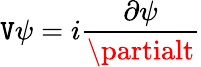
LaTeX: \mathtt{V}\psi=i\frac{{\partial\psi}}{{\partialt}}